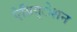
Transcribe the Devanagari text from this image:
ऐग्रिग्‌ेशन